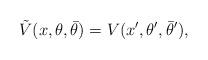
LaTeX: \begin{align*}\tilde V(x, \theta, \bar\theta) = V(x', \theta', \bar\theta'), \end{align*}